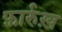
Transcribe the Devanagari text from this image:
फ़ार्रुख़